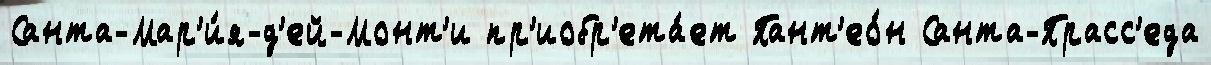
Санта-Мар'и́я-д'ей-Монт'и пр'иобр'ета́ет Пант'ео́н Санта-Прасс'еда